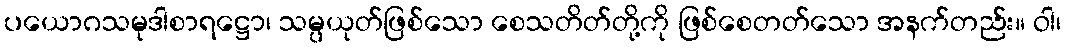
ပယောဂသမုဒါစာရဋ္ဌော၊ သမ္ပယုတ်ဖြစ်သော စေသတိတ်တို့ကို ဖြစ်စေတတ်သော အနက်တည်း။ ဝါ၊